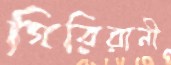
গিরিরানী